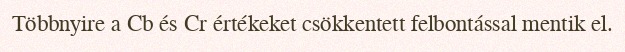
Többnyire a Cb és Cr értékeket csökkentett felbontással mentik el.